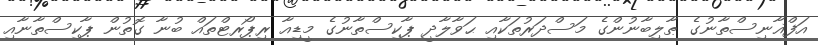
އަފްޣާނިސްތާނުގެ ޠާލިބާނުންގެ މަސްދަރުތަކާއި ޙަވާލާދީ ޕާކިސްތާނުގެ މީޑިއާ ރިޕޯރޓްތައް ބުނާ ގޮތުން ޕާކިސްތާނާއި